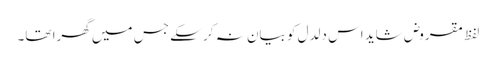
لفظ مقروض شاید اس دلدل کو بیان نہ کر سکے جس میں گھرا تھا۔